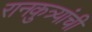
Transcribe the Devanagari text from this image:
रानकुत्र्यांची